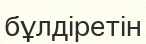
бұлдіретін